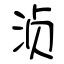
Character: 浈